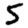
Digit: 5